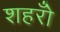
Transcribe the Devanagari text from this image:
शहरोँ